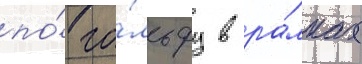
по́ го́льфу в ра́мках